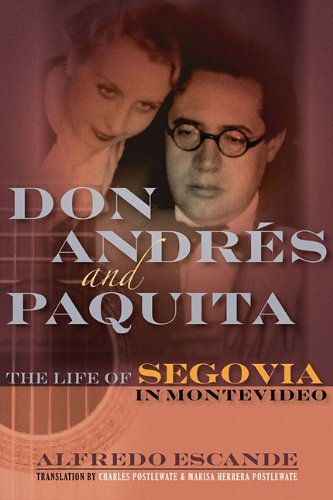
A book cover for Don Andres and Paquita: The Life of Segovia in Montevideo; Alfredo Escande; Biographies & Memoirs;